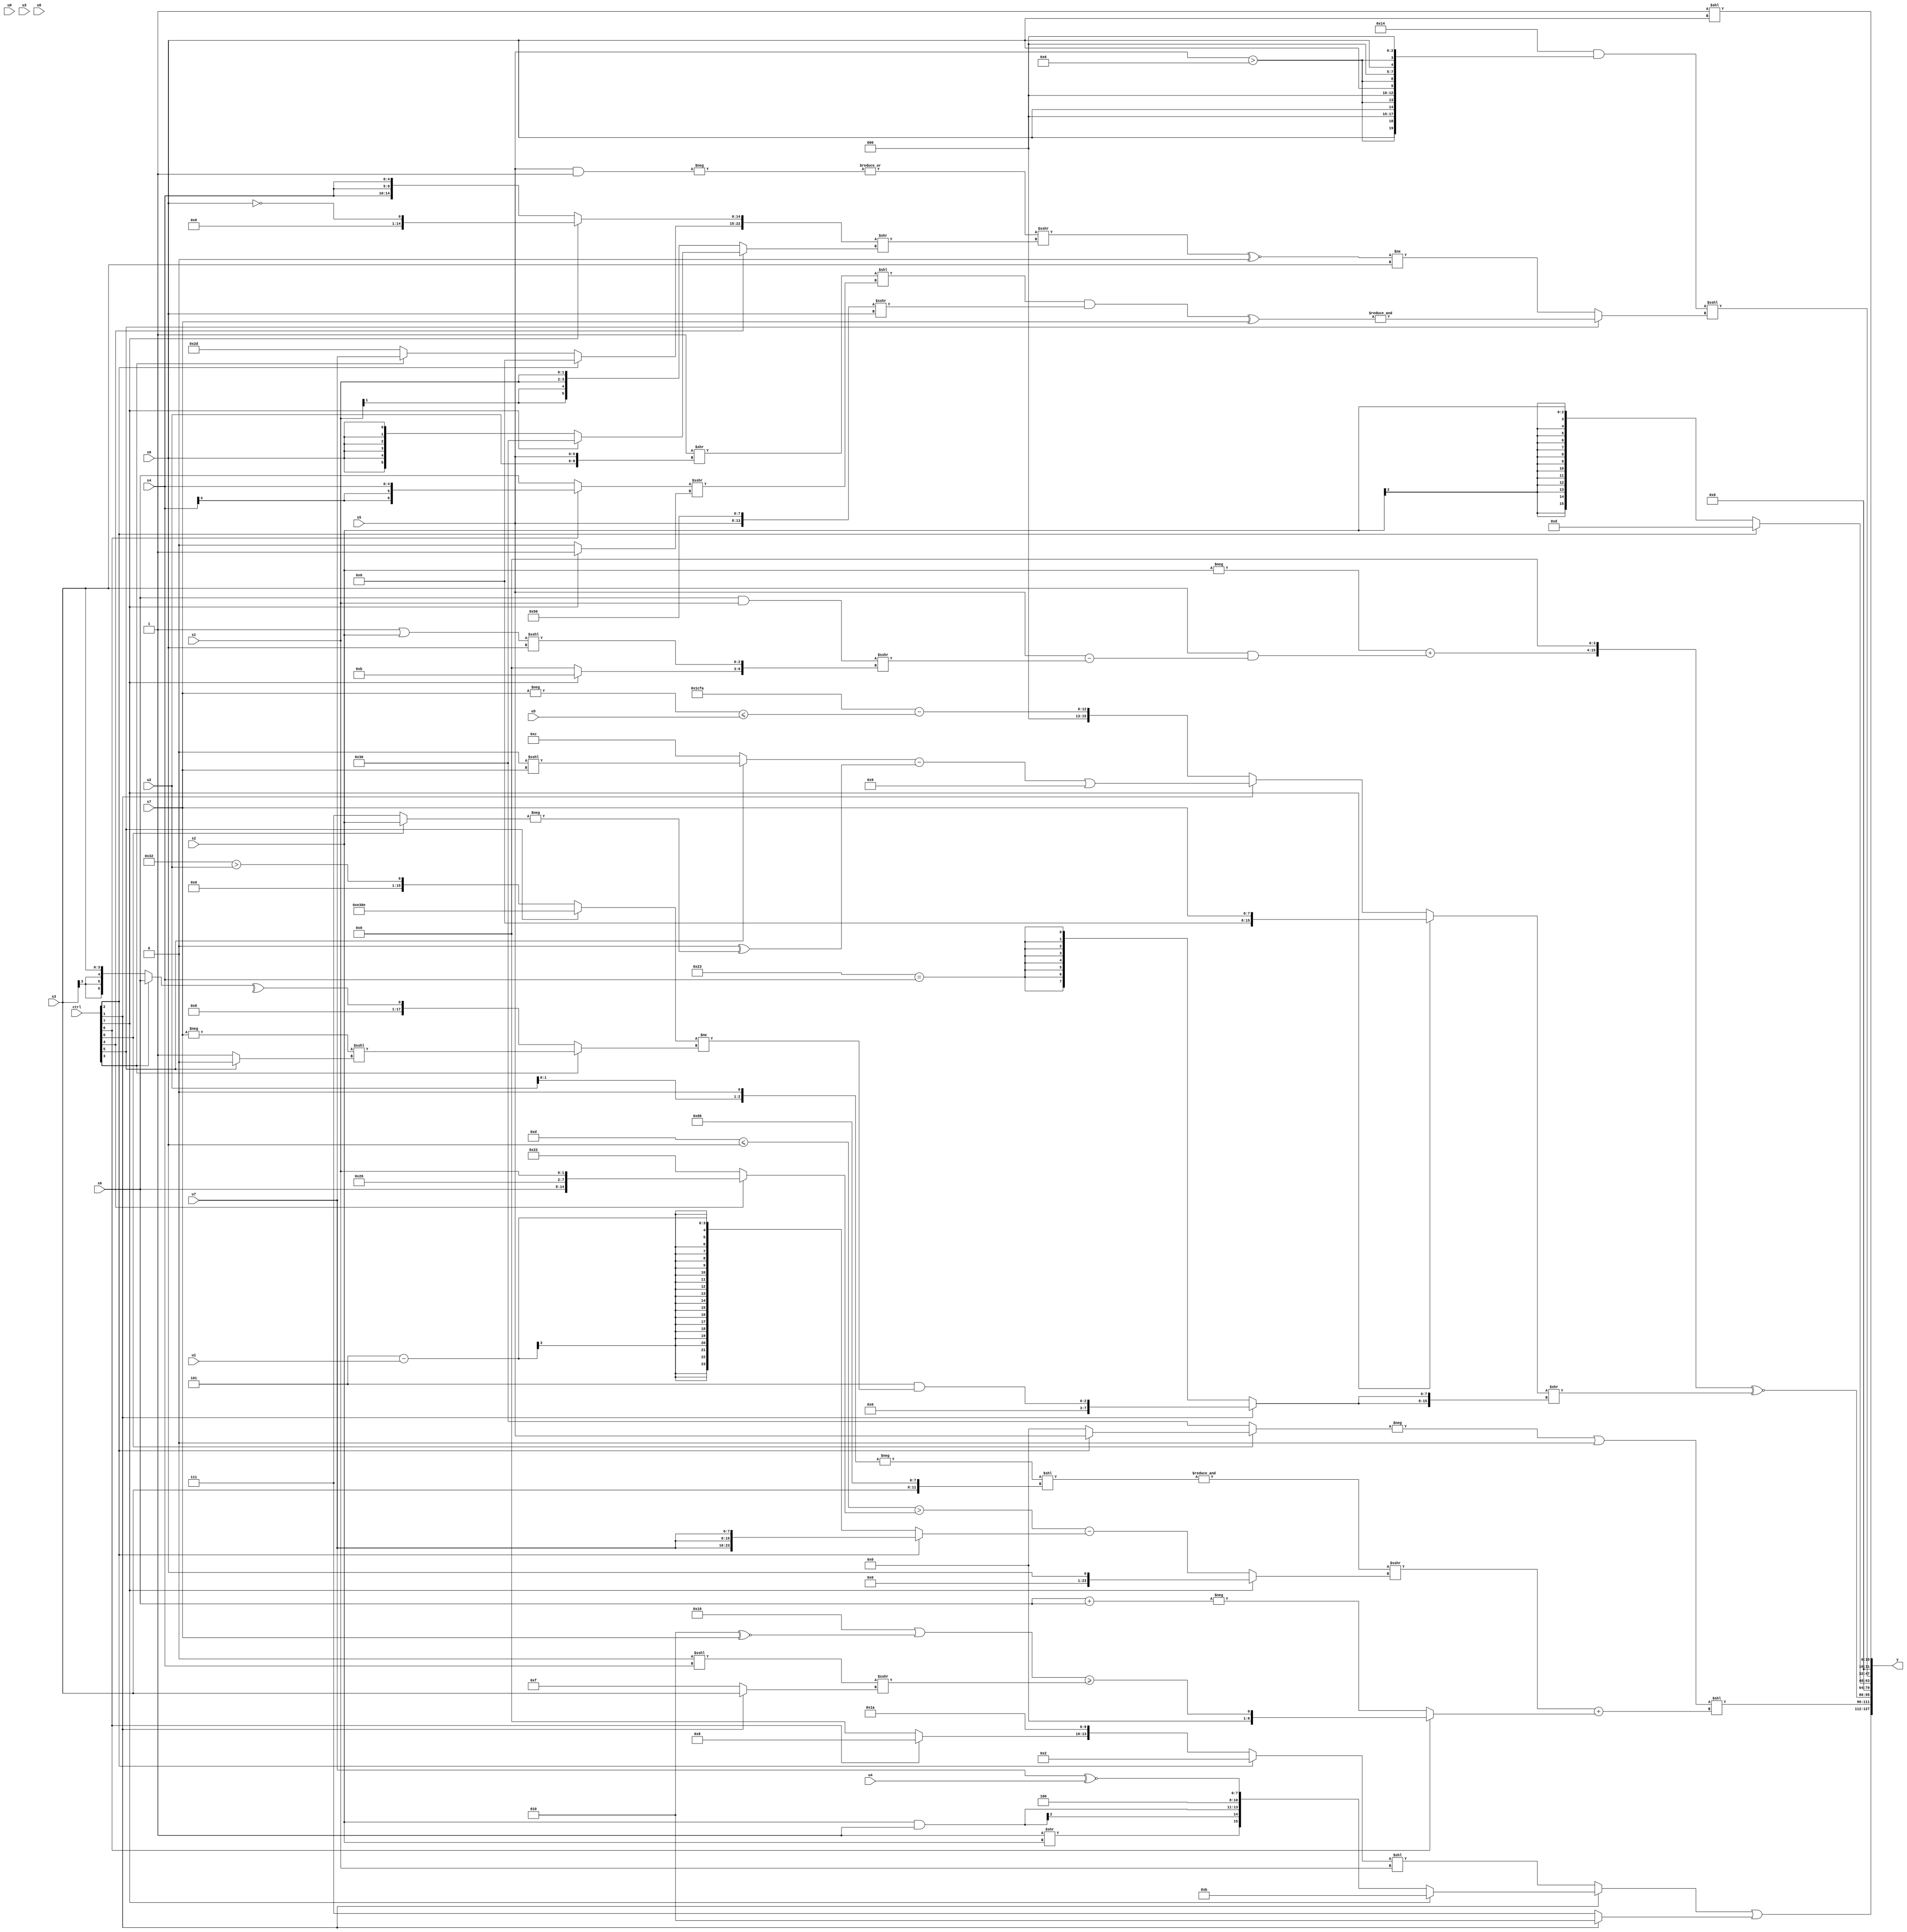
module wideexpr_00485(ctrl, u0, u1, u2, u3, u4, u5, u6, u7, s0, s1, s2, s3, s4, s5, s6, s7, y);
  input [7:0] ctrl;
  input [0:0] u0;
  input [1:0] u1;
  input [2:0] u2;
  input [3:0] u3;
  input [4:0] u4;
  input [5:0] u5;
  input [6:0] u6;
  input [7:0] u7;
  input signed [0:0] s0;
  input signed [1:0] s1;
  input signed [2:0] s2;
  input signed [3:0] s3;
  input signed [4:0] s4;
  input signed [5:0] s5;
  input signed [6:0] s6;
  input signed [7:0] s7;
  output [127:0] y;
  wire [15:0] y0;
  wire [15:0] y1;
  wire [15:0] y2;
  wire [15:0] y3;
  wire [15:0] y4;
  wire [15:0] y5;
  wire [15:0] y6;
  wire [15:0] y7;
  assign y = {y0,y1,y2,y3,y4,y5,y6,y7};
  assign y0 = ($signed((ctrl[1]?(ctrl[7]?5'b01011:{$signed((1'sb1)>>(s2)),{(s2)&(4'sb1111),3'b100,(u7)^~(u4)}}):((ctrl[2]?4'sb0010:{(ctrl[6]?4'sb1000:1'sb0),(s4)>>(6'sb100101),3'sb110,2'sb10}))<<(s1))))|(+($signed($signed((ctrl[1]?$signed($signed(3'sb010)):2'sb11)))));
  assign y1 = ($signed($signed((-((ctrl[0]?(ctrl[2]?s5:(ctrl[4]?2'sb00:6'sb000000)):6'sb110000)))|(5'sb00000))))<<(((&((-($signed((u2)<<<(3'sb001))))<<({$unsigned(s3),$signed({2{4'sb1000}})})))>>>((ctrl[7]?s0:(((-(5'sb10011))<=($signed(s0)))>((ctrl[4]?{s6,2'sb10,4'b0110,s1}:{2{4'sb0010}})))-(((ctrl[2]?{3{u7}}:(3'b101)-(u1)))<<(-((1'sb1)>>(3'sb010)))))))+((ctrl[6]?$signed(($signed(($signed(5'sb10000))|((3'sb010)^~(s7))))>=((+((1'sb0)<<<(s4)))>>>((ctrl[1]?s3:1'sb1)))):$unsigned(-($signed($signed((s6)+(s6))))))));
  assign y2 = (((-(s2))+((+(s3))&((s5)-(((($signed(s6))<<((2'sb01)>>(3'sb001)))&(s1))>>>({(ctrl[7]?(4'sb1100)+(3'sb111):1'sb0),((2'sb11)|(s2))<<<({1{s0}})})))))<<(3'sb100))^~(((ctrl[7]?s7:(ctrl[1]?(((ctrl[5]?((s6)>>(6'sb001001))<<<(s7):4'sb1100))-(($signed((1'sb0)>>>(5'b00011)))^(-((ctrl[0]?s2:5'sb00111)))))|(6'sb001001):+({({$signed(2'sb11),+(3'sb100),-(3'b001),(1'sb0)|(5'b11010)})-((-(s7))<=(u5))}))))>>({2{(ctrl[1]?(3'b101)&(((ctrl[5]?{3{6'sb001110}}:(ctrl[5]?(ctrl[1]?3'sb110:u3):(6'sb110010)>(u2))))!=((ctrl[3]?(-(s7))<<<((ctrl[5]?1'sb0:1'sb1)):^((ctrl[3]?s6:s3))))):{4{$signed({2{{1{(6'sb100011)==(s4)}}}})}})}}));
  assign y3 = +(2'sb00);
  assign y4 = (ctrl[2]?-($signed(5'b10011)):s2);
  assign y5 = ((5'sb10100)&($signed({4{{s0,(s5)>((4'sb0110)>>>(+($signed(1'sb0)))),$unsigned($signed({3{(3'b011)<=(1'sb1)}}))}}})))<<<((ctrl[5]?{1{&(((((1'sb1)>>({u2,s5}))<<(((ctrl[6]?s4:s6))>>>((ctrl[7]?1'b1:1'b0))))&(($signed({s5,4'sb0101,4'sb0000}))>>>(s0)))^(s7))}}:((($signed(|(-((s5)&(1'sb1)))))>>>(({$signed((1'b1)<<(6'sb101110)),(ctrl[2]?(6'b110010)<<(6'sb111110):(ctrl[3]?u7:6'b101101)),(ctrl[7]?!(s0):{3{s4}})})>>((ctrl[4]?(ctrl[7]?(6'sb110110)^~(5'sb11001):s0):$signed({2{s1}})))))^~(((s4)<<((ctrl[7]?((s5)>>(5'sb00101))|((s4)^~(4'sb0011)):(-(s3))^((ctrl[7]?u1:2'sb00)))))>>(4'sb1001)))!=(+(s3))));
  assign y6 = 1'sb0;
  assign y7 = ({2'sb01})<<(s0);
endmodule